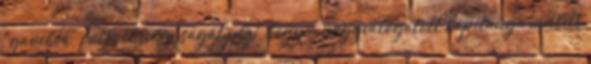
"gauchók" futball nagyságát jelzi, hogy a nagyválogatott kapitánya mellett